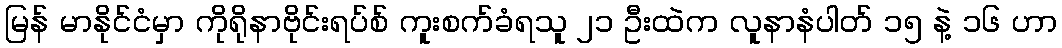
မြန် မာနိုင်ငံမှာ ကိုရိုနာဗိုင်းရပ်စ် ကူးစက်ခံရသူ ၂၁ ဦးထဲက လူနာနံပါတ် ၁၅ နဲ့ ၁၆ ဟာ